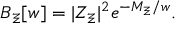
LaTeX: { \cal B } _ { \Xi } [ w ] = | Z _ { \Xi } | ^ { 2 } e ^ { - M _ { \Xi } / w } .